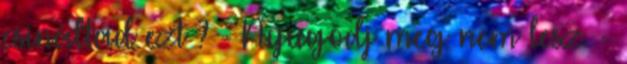
csináltad ezt ? - Nyugodj meg nem lesz. -